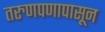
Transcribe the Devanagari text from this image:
तरुणपणापासून